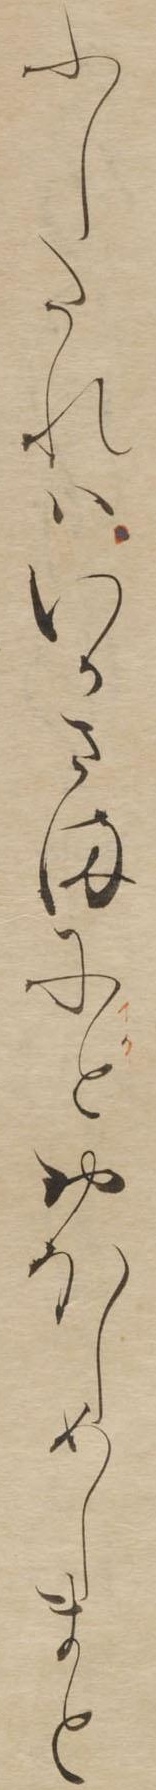
ふしたれはいかさまにとおほしめしまと